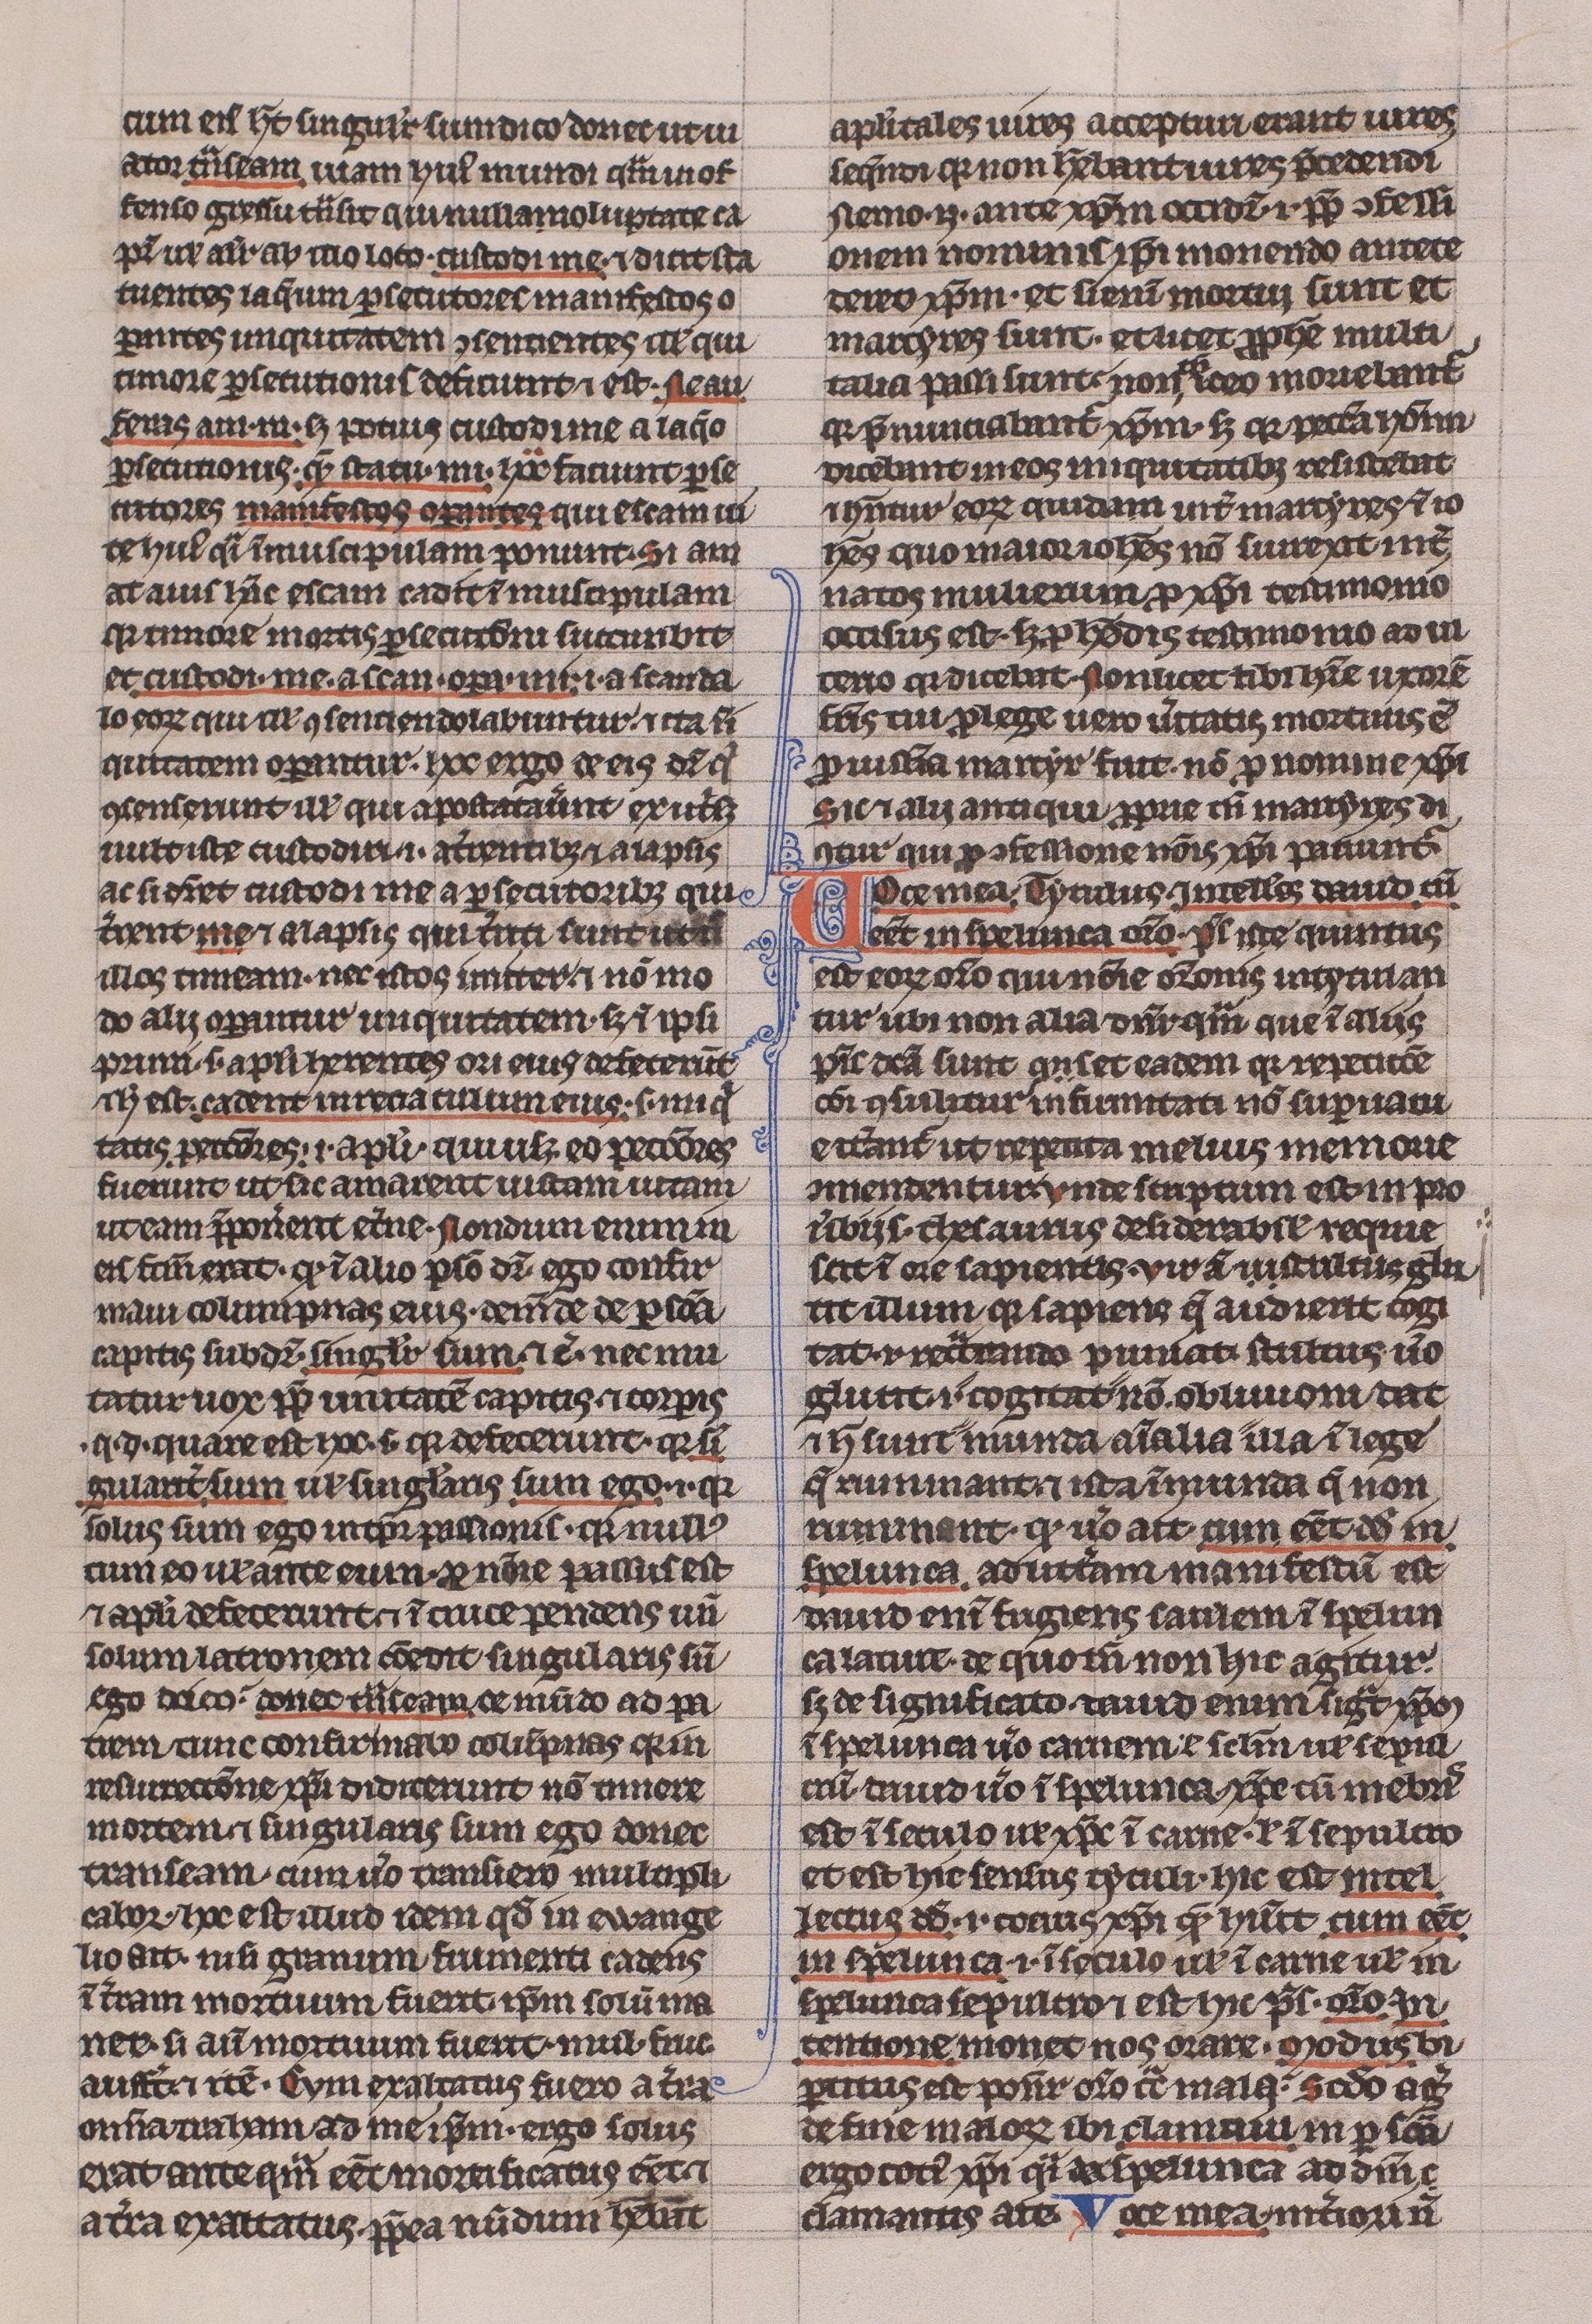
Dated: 1225–1250